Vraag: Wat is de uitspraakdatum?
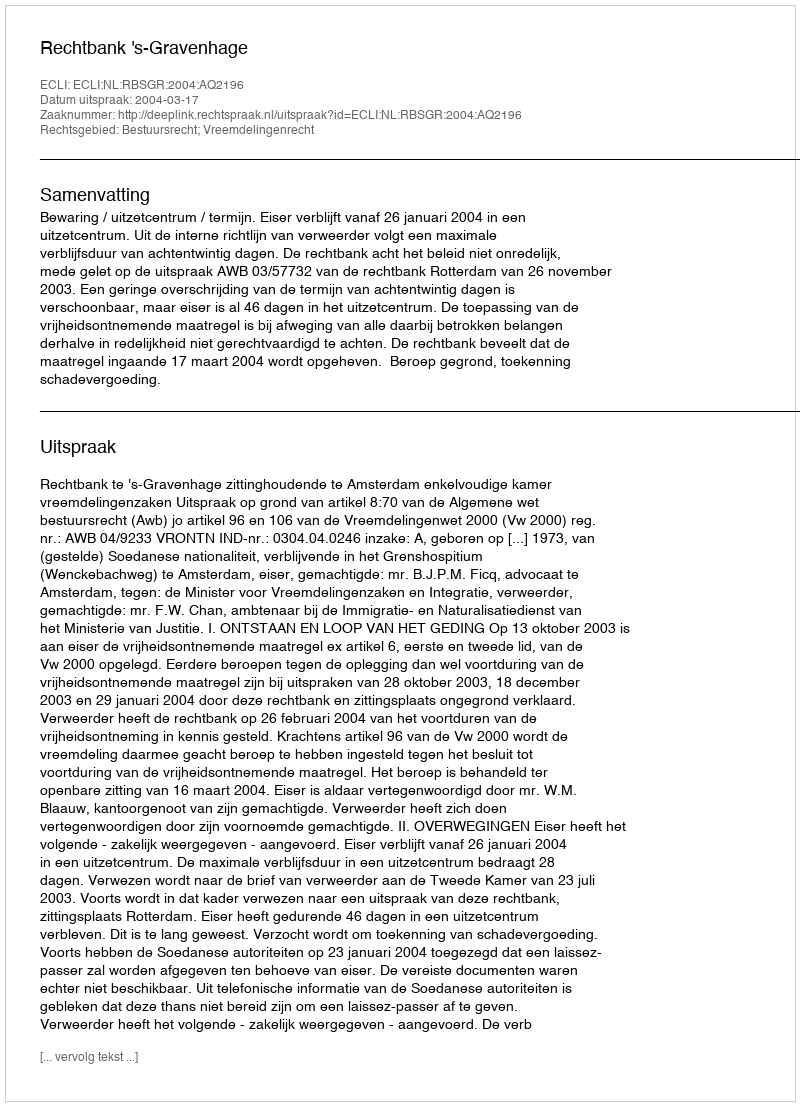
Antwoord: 2004-03-17